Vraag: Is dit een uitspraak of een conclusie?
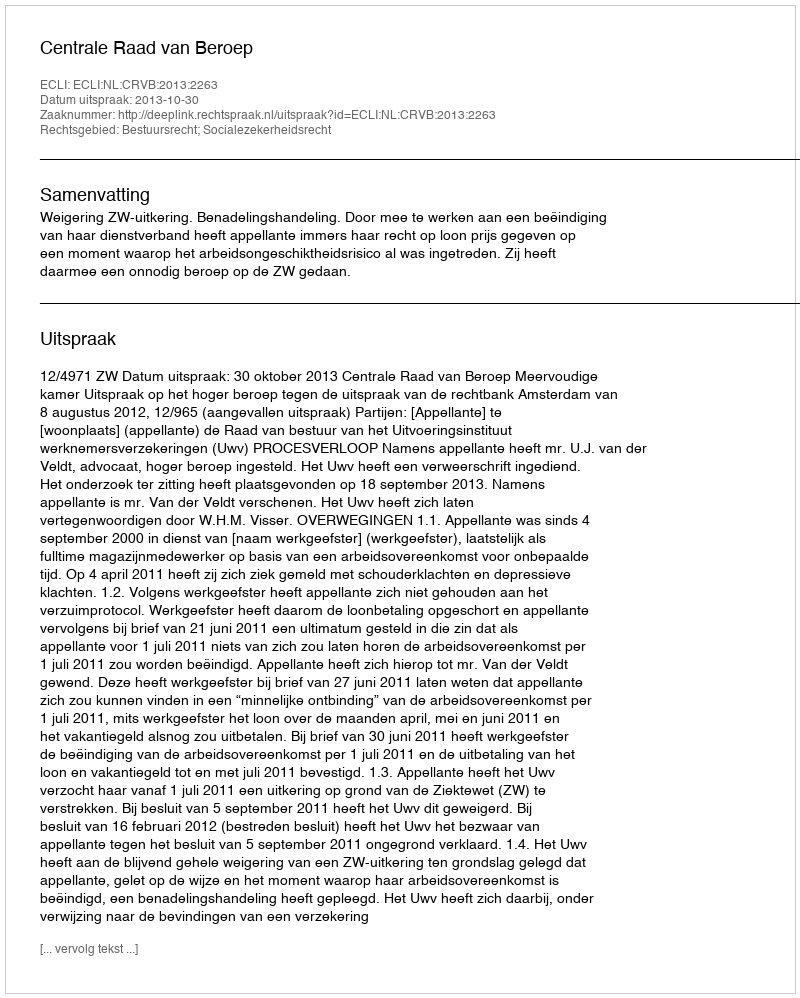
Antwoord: Uitspraak